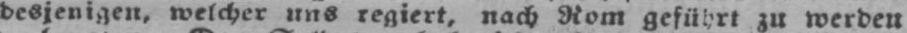
desjenigen, welcher uns regiert, nach Rom geführt zu werden